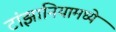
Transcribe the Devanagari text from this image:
टांझानियामध्ये